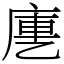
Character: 㐣